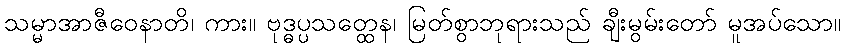
သမ္မာအာဇီဝေနာတိ၊ ကား။ ဗုဒ္ဓပ္ပသတ္ထေန၊ မြတ်စွာဘုရားသည် ချီးမွမ်းတော် မူအပ်သော။